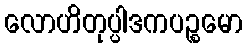
လောဟိတုပ္ပါဒကပဉ္စမော